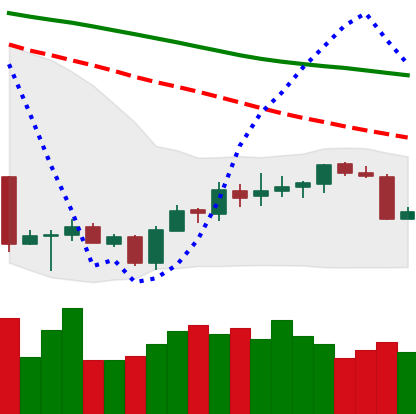
Ticker: BTC-USD
Chart end date: 2018-07-11
Forward return: 5.427%
Label: up_5_7